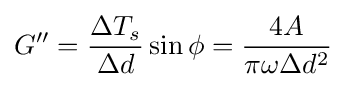
G''={\frac {\Delta T_{s}}{\Delta d}}\sin \phi ={\frac {4A}{\pi \omega \Delta d^{2}}}